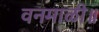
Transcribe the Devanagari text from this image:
वनमाळी॥